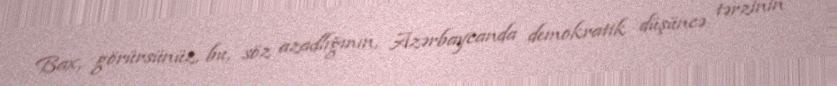
Bax, görürsünüz, bu, söz azadlığının, Azərbaycanda demokratik düşüncə tərzinin